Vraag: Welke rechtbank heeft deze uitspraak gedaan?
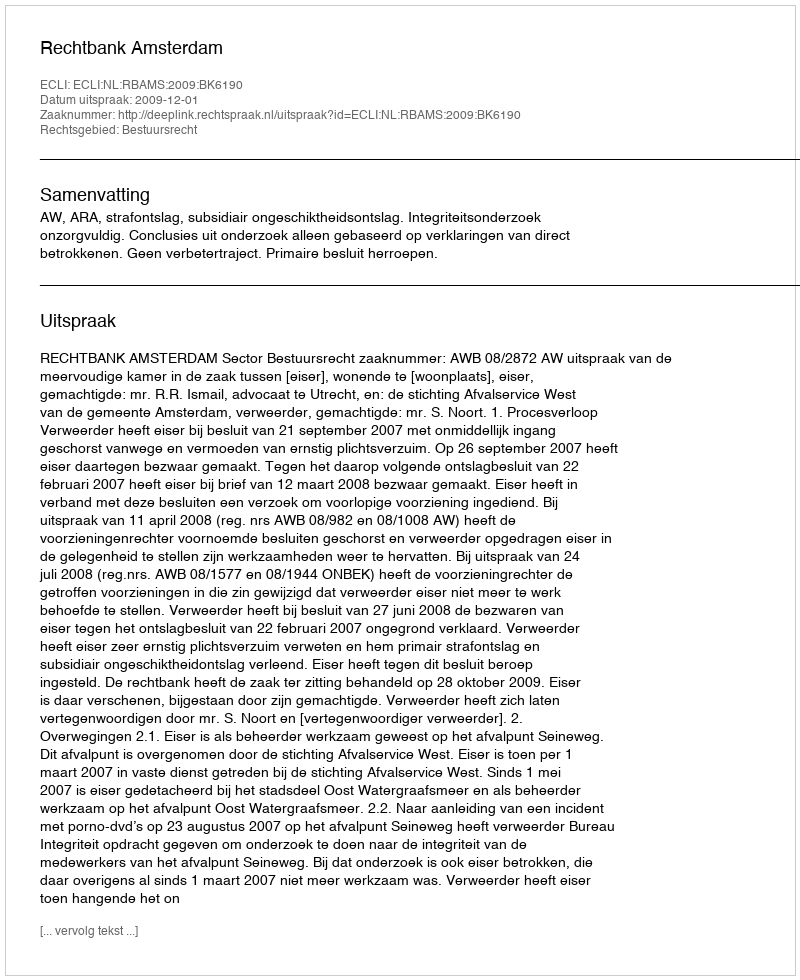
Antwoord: Rechtbank Amsterdam